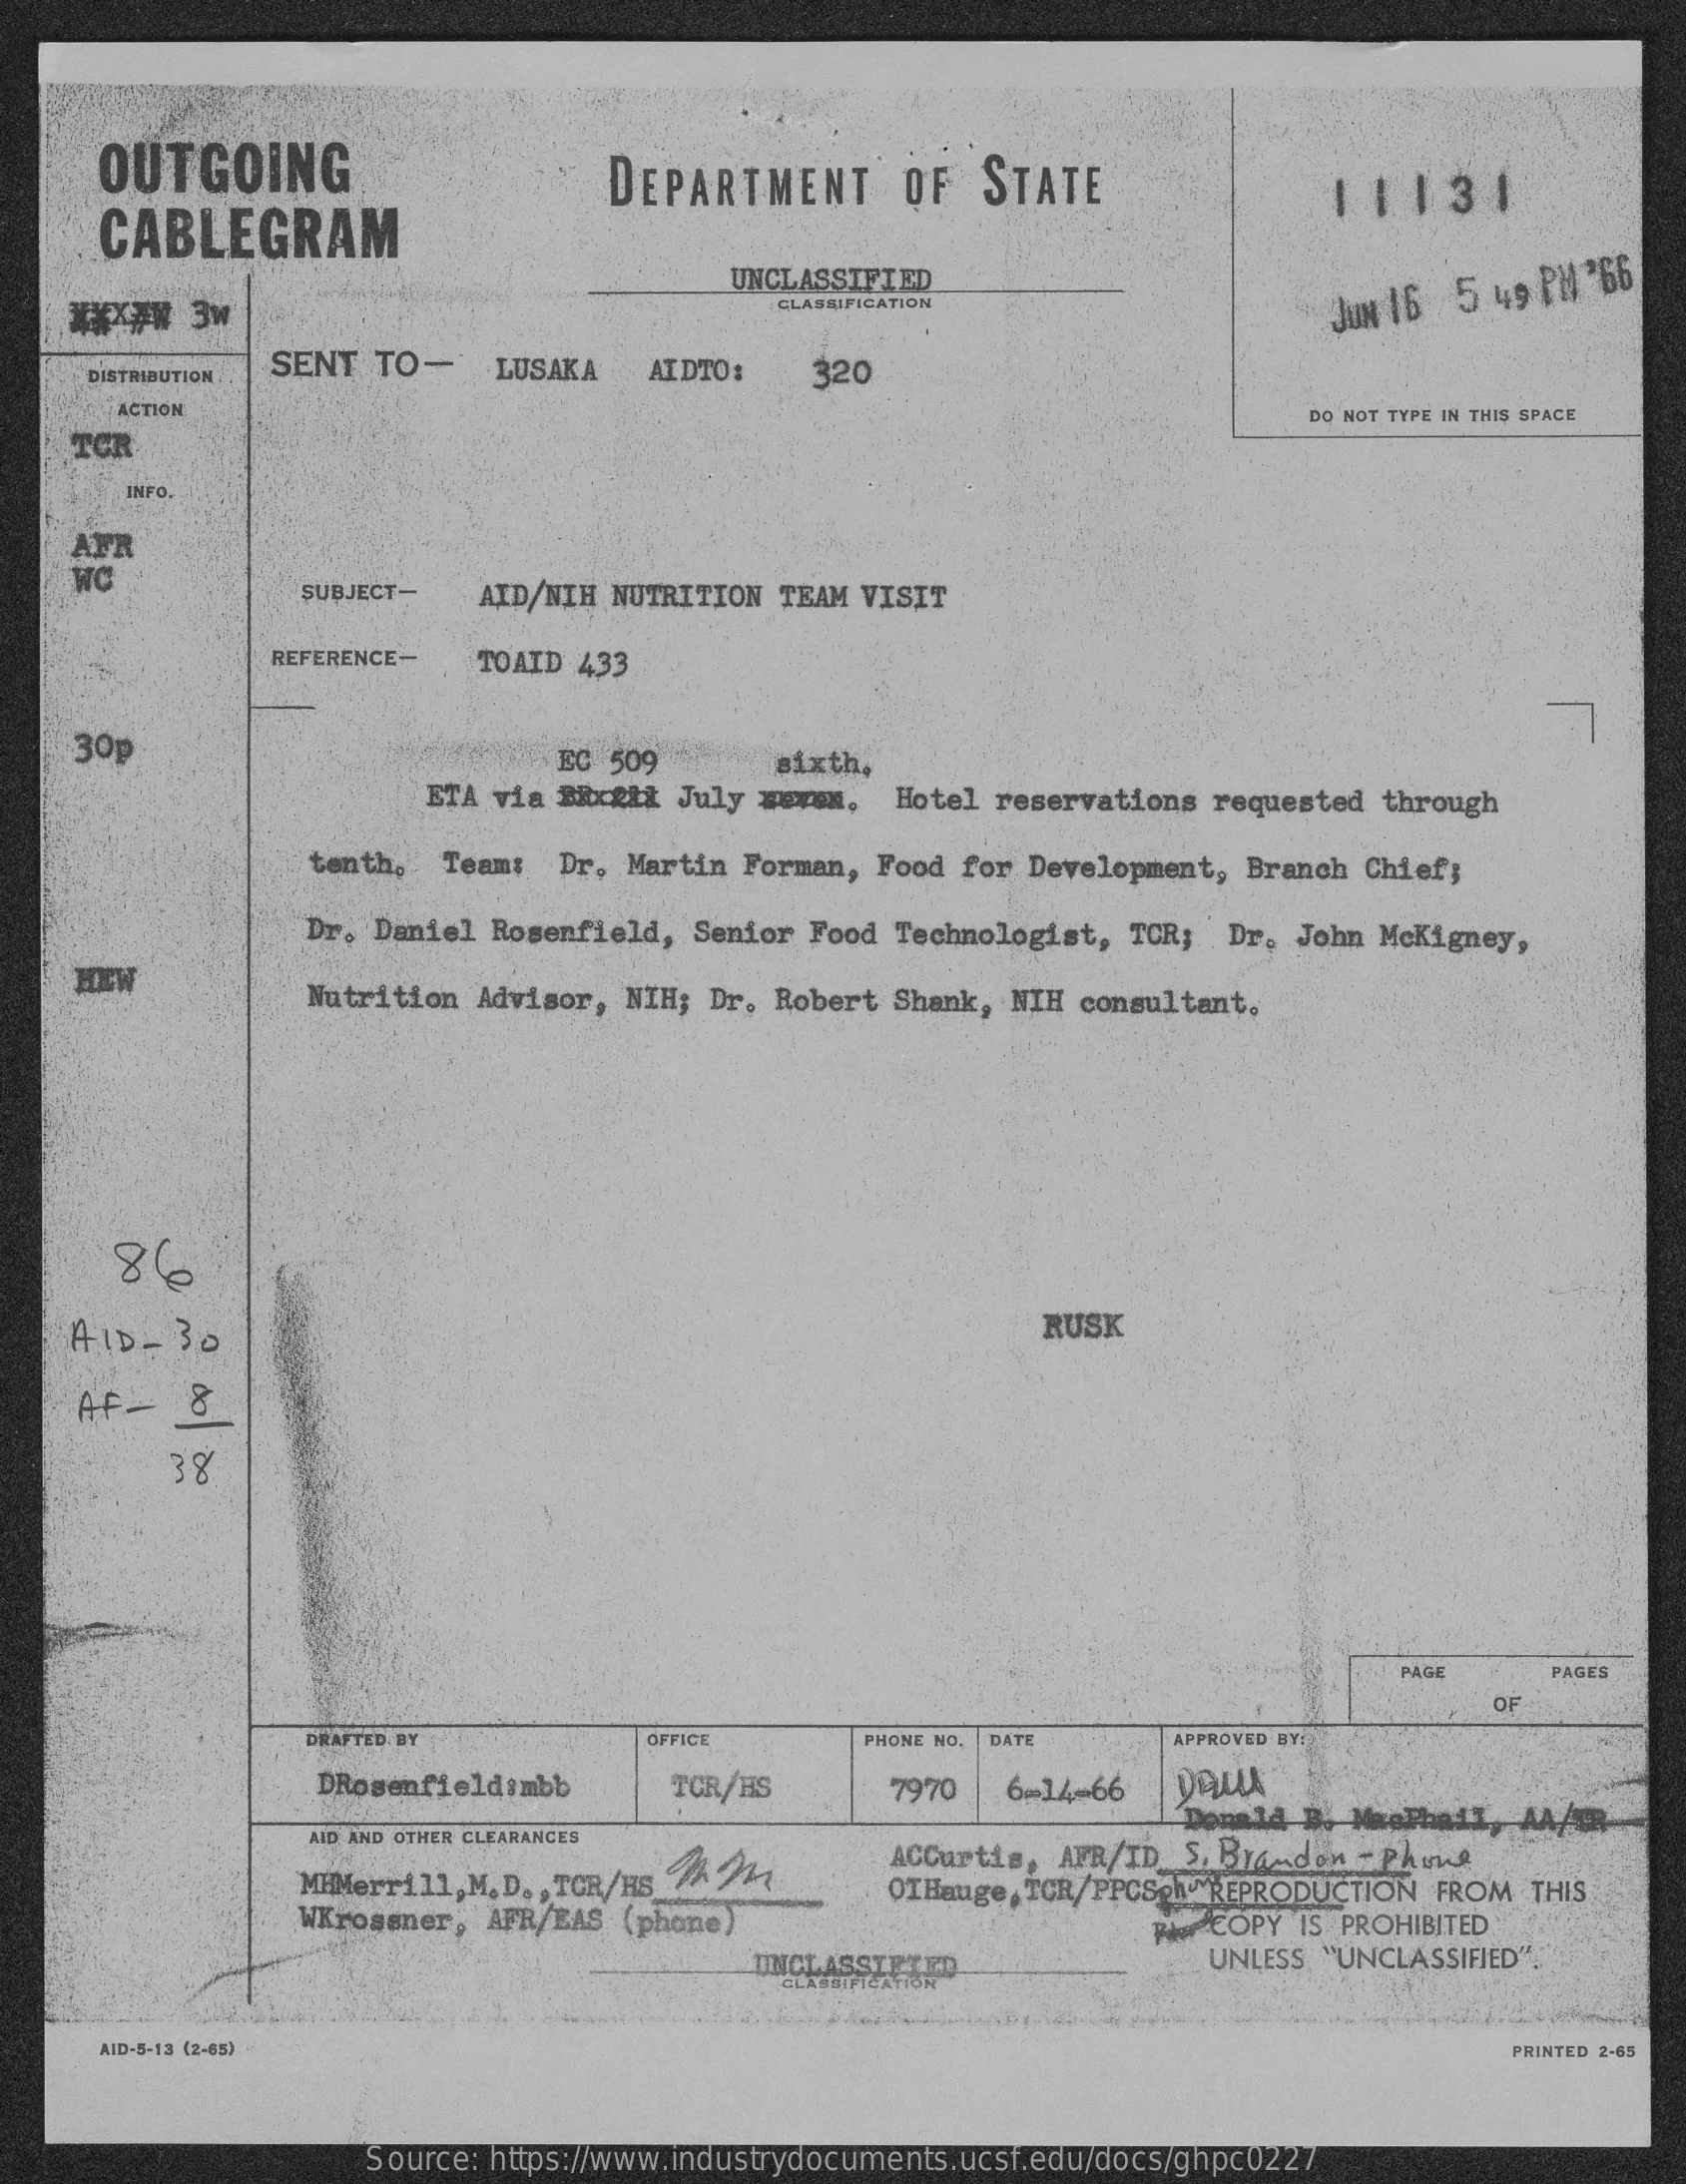
OUTGOING
     CABLEGRAM
     DEPARTMENT    OF  STATE    11131
     UNCLASSIFIED
    ***** 3w    CLASSIFICATION    JUN 16 5 49 PM "66
     DISTRIBUTION
     SENT  TO-   LUSAKA AIDTO:   320
     ACTION    DO NOT TYPE IN THIS SPACE
    TCR
     INFO.
    AFR
    WC
     SUBJECT- AID/NIH NUTRITION TEAM VISIT
     REFERENCE- TOAID 433
    30p    EC 509    sixth,
     ETA via BRcell July weven. Hotel reservations requested through
     tenth, Team: Dr. Martin Forman, Food for Development, Branch Chief;
     Dr. Daniel Rosenfield, Senior Food Technologist, TCR; Dr. John McKigney,
    HEW
     Nutrition Advisor, NIH; Dr. Robert Shank, NIH consultant,
     86
    AID - 30    RUSK
    AF -  8
     38
     PAG    PAGES
     OF
     DRAFTED. BY    OFFICE    PHONE NO. DATI  APPROVED BY:
     DRosenfieldsmbb   TCR/HS    7970  6=14-66
     Donald B. MaePhail,
     AID AND OTHER CLEARANCES
     MHMerrill, M. D ., TCR/ES / 94 ACCurtis, AFR/ID S. Brandon - Phius
     WKrossner, AFR/EAS (phone)
     OTHauge, TCR/PPCSph .REPRODUCTION FROM THIS
     PIT COPY IS PROHIBITED
     TINCLASSIFTE    UNLESS "UNCLASSIFIED".
     AID-5-13 (2-65)    PRINTED 2-65
     Source: https://www.industrydocuments.ucsf.edu/docs/ghpc0227